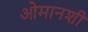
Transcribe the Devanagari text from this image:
ओमानशी